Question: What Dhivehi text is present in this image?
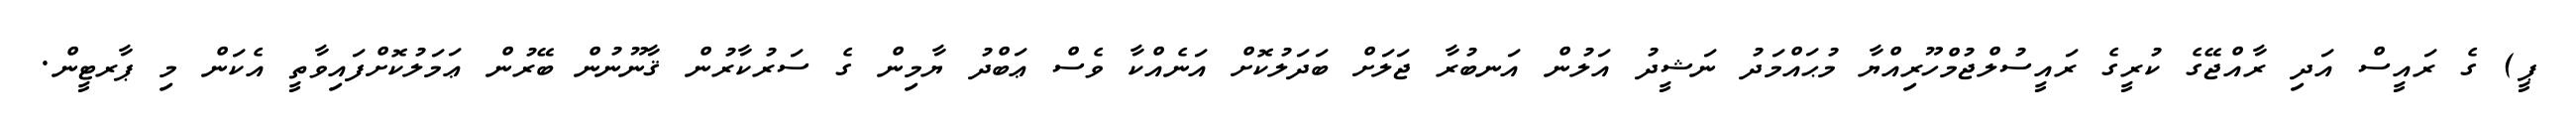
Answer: ޕީ) ގެ ރައީސް އަދި ރާއްޖޭގެ ކުރީގެ ރައީސުލްޖުމްހޫރިއްޔާ މުޙައްމަދު ނަޝީދު އަލުން އަނބުރާ ޖަލަށް ބަދަލުކޮށް އަނެއްކާ ވެސް ޢަބްދު ޔާމިން ގެ ސަރުކާރުން ޤާނޫނުން ބޭރުން ޢަމަލުކޮށްފައިވާތީ އެކަން މި ޕާރޓީން.